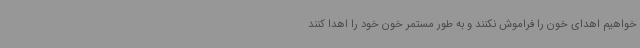
خواهیم اهدای خون را فراموش نکنند و به طور مستمر خون خود را اهدا کنند